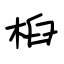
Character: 桕